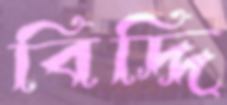
বিদ্দি